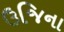
ઉજિના